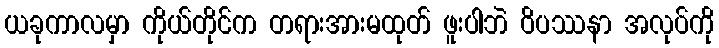
ယခုကာလမှာ ကိုယ်တိုင်က တရားအားမထုတ် ဖူးပါဘဲ ဝိပဿနာ အလုပ်ကို